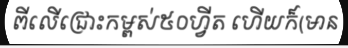
ពីលើជ្រោះកម្ពស់៥០ហ្វីត ហើយក៏(មាន